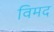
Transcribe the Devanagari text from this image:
विमद